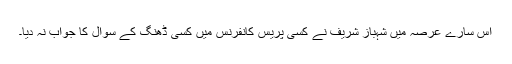
اس سارے عرصہ میں شہباز شریف نے کسی پریس کانفرنس میں کسی ڈھنگ کے سوال کا جواب نہ دیا۔